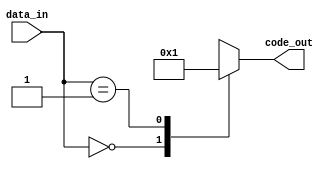
module encoder (
    input [7:0] data_in,
    output [3:0] code_out
);

always @(*)
begin
    case(data_in)
        8'b00000000: code_out = 4'b0000; // Encoding logic here
        8'b00000001: code_out = 4'b0001; // Encoding logic here
        // Add more cases for different input data values
        default: code_out = 4'bXXXX; // Handle unknown input data
    endcase
end

endmodule